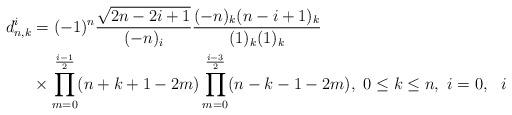
LaTeX: \begin{align*} d^i_{n,k}&=(-1)^n\frac{\sqrt{2n-2i+1}}{(-n)_i}\frac{(-n)_k(n-i+1)_k}{(1)_k(1)_k}\\&\times\prod_{m=0}^{\frac{i-1}{2}}(n+k+1-2m)\prod_{m=0}^{\frac{i-3}{2}}(n-k-1-2m),\ 0\le k\le n,\ i=0,\ \ i\ \end{align*}